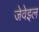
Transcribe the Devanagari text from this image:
जेवेइल